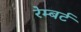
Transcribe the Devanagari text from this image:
रेम्बर्ट